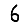
Digit: 6